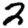
Digit: 2